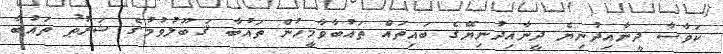
ކަވާސާ ދީނާއިދުނިޔެ ދީނާއިދުނިޔޭގެ ބައިތައް ތައުބާވާމީހުން ތައުބާ ޤަބޫލުވުމުގެ ޝަރުޠު ތައުބާ